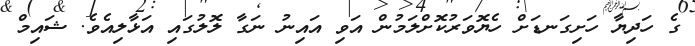
ގެ ހަދިޔާ ހަށިގަނޑަށް ހެޔޮވަރުކޮށްލަމުން އަވި އައިނު ނަގާ ލޮލުގައި އަޅާލިއެވެ. ޝައިމް